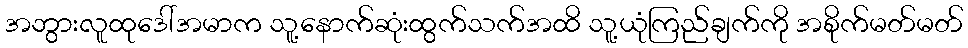
အဘွားလူထုဒေါ်အမာက သူ့နောက်ဆုံးထွက်သက်အထိ သူ့ယုံကြည်ချက်ကို အစိုက်မတ်မတ်